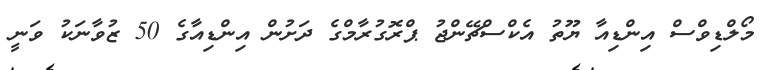
މޯލްޑިވްސް އިންޑިއާ ޔޫތު އެކްސްޗޭންޖު ޕްރޮގުރާމްގެ ދަށުން އިންޑިއާގެ 50 ޒުވާނަކު ވަނީ